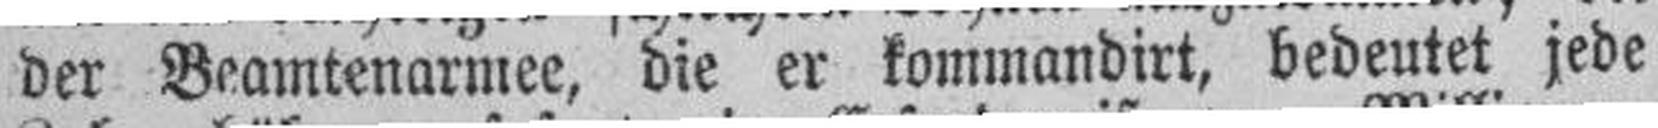
der Beamtenarmee, die er kommandirt, bedeutet jede